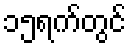
၁၅ရက်တွင်